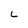
Character: 6